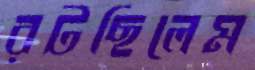
রটছিলেম